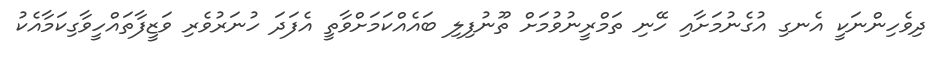
ދިވެހިންނަކީ އެނގި އުގެނުމަށާއި ހޭނި ތަމްރީނުވުމަށް ތޫނުފިލި ބައެއްކަމަށްވާތީ އެފަދަ ހުނަރުވެރި ވަޒީފާތައްހީވާގިކަމާއެކު